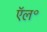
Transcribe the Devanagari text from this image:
ऍल॰